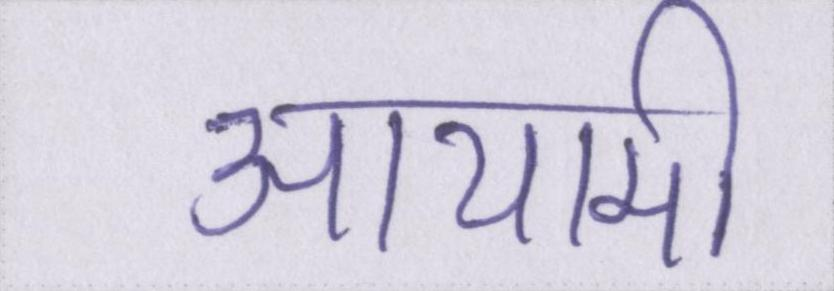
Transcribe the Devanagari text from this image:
आयामी